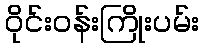
ဝိုင်းဝန်းကြိုးပမ်း